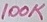
Text: 100K